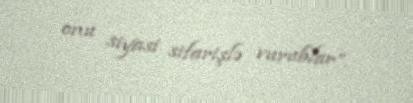
onu siyasi sifarişlə vurublar”.